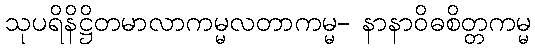
သုပရိနိဋ္ဌိတမာလာကမ္မလတာကမ္မ- နာနာဝိဓစိတ္တကမ္မ